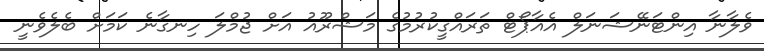
ވެލާނާ އިންޓަނޭޝަނަލް އެއާޕޯޓް ތަރައްގީކުރުމުގެ މަޝްރޫއު އަށް ޖުމްލަ ހިނގާނެ ކަމަށް ބެލެވެނީ